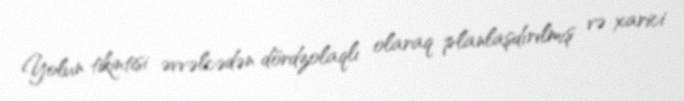
Yolun tikintisi əvvəlcədən dördzolaqlı olaraq planlaşdırılmış və xarici